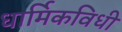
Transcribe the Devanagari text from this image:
धार्मिकविधी